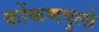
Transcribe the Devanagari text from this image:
कोंकणपुलो